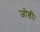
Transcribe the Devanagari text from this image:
जोडी।